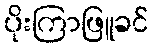
ပိုးကြာဖြူခင်